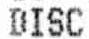
DISC